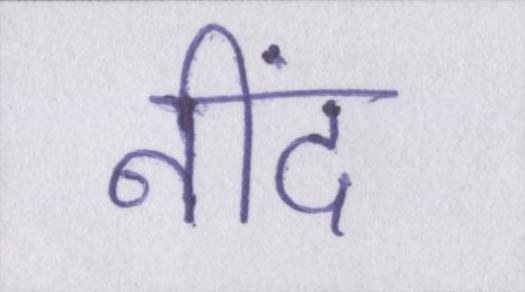
नींद